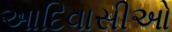
આદિવાસીઓ